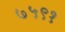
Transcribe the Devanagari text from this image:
७५९१